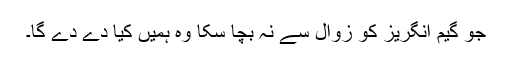
جو گیم انگریز کو زوال سے نہ بچا سکا وہ ہمیں کیا دے دے گا۔